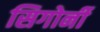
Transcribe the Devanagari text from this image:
सिगोर्नी